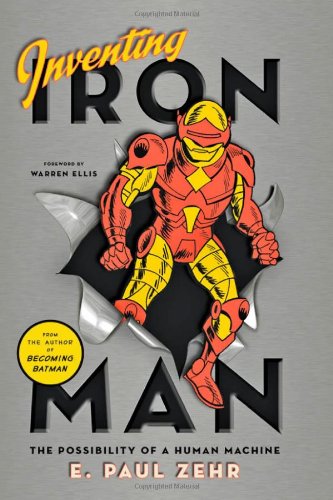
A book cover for Inventing Iron Man: The Possibility of a Human Machine; E. Paul Zehr; Medical Books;